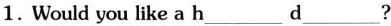
1. would you lke a h___d___?